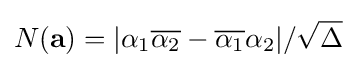
N(\mathbf {a} )=|\alpha _{1}{\overline {\alpha _{2}}}-{\overline {\alpha _{1}}}\alpha _{2}|/{\sqrt {\Delta }}